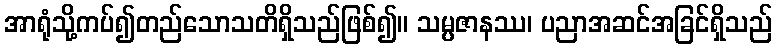
အာရုံသို့ကပ်၍တည်သောသတိရှိသည်ဖြစ်၍။ သမ္ပဇာနဿ၊ ပညာအဆင်အခြင်ရှိသည်